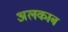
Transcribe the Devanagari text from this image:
अलकाब